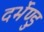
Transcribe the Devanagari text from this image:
दर्भेण्डु